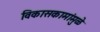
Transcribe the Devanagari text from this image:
विकासकामांमुळे